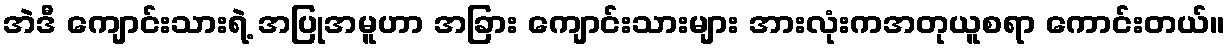
အဲဒီ ကျောင်းသားရဲ့ အပြုအမူဟာ အခြား ကျောင်းသားများ အားလုံးကအတုယူစရာ ကောင်းတယ်။